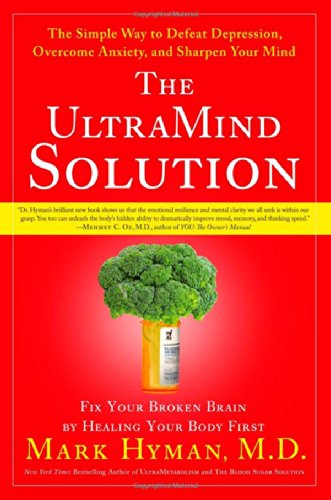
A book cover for The UltraMind Solution: Fix Your Broken Brain by Healing Your Body First - The Simple Way to Defeat Depression, Overcome Anxiety, and Sharpen Your Mind; Mark Hyman; Health, Fitness & Dieting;